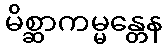
မိစ္ဆာကမ္မန္တေန